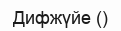
Дифжүйе ()